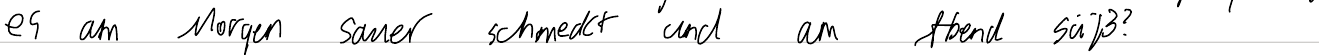
es am Morgen sauer schmeckt und am Abend süß?